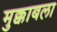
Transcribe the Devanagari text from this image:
मुक्काबला